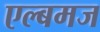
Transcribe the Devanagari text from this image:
एल्बमज